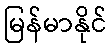
မြန်မာနိုင်